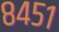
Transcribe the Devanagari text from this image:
८४५१